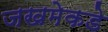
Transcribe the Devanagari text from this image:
जखमेकडे